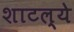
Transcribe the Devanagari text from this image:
शाटल्ये